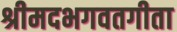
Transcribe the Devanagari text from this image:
श्रीमदभगवतगीता